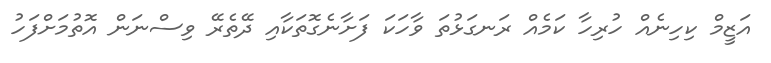
އަޒީމް ކިހިނެއް ހުރިހާ ކަމެއް ރަނގަޅުތަ ވާހަކަ ފަށާނެގޮތަކާއި ދޭތެރޭ ވިސްނަން އޮތުމަށްފަހު